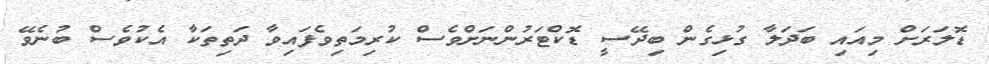
ޑޮލަރަށް މިއައި ބަދަލާ ގުޅިގެން ބިދޭސީ ޑޮކްޓަރުންނަށްވެސް ކުރިމަތިވެފައިވާ ދަތިތަކާ އެކުވެސް ބުނެވޭ